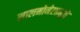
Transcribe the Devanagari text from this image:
सालमोनेलामुळे